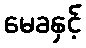
မေခနှင့်